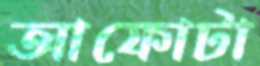
আফোটা